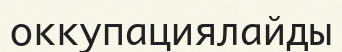
оккупациялайды